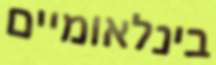
בינלאומיים